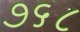
૭૬૮